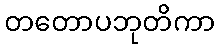
တတောပဘုတိကာ